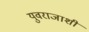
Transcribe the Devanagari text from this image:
युवराजाशी